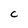
Character: C